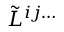
\tilde { L } ^ { i j \ldots }